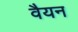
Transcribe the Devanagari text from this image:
वैयन